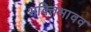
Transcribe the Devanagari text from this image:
भक्तिभावव